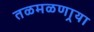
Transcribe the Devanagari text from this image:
तळमळणार्‍या